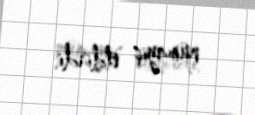
nümayiş etdirdi.